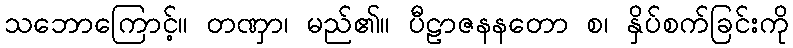
သဘောကြောင့်။ တဏှာ၊ မည်၏။ ပီဠာဇနနတော စ၊ နှိပ်စက်ခြင်းကို